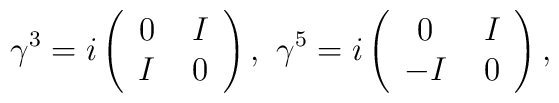
\gamma^3 = i\left(  \begin{array}{cc}     0\; & I \\     I\; & 0 \\  \end{array}\right),\,\, \gamma^5 = i\left(  \begin{array}{cc}     0\; & I \\    -I\; & 0 \\  \end{array}\right),